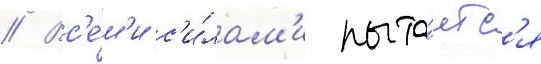
// Вс'е́м'и с'и́лам'и пыта́етс'я